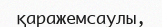
қаражемсаулы,